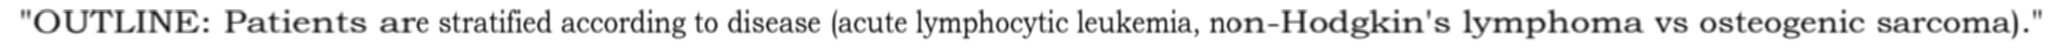
"OUTLINE: Patients are stratified according to disease (acute lymphocytic leukemia, non-Hodgkin's lymphoma vs osteogenic sarcoma)."